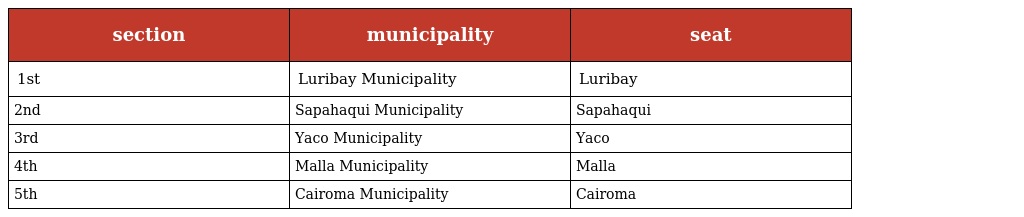
| section | municipality | seat |
 | --- | --- | --- |
 | 1st | Luribay Municipality | Luribay |
 | 2nd | Sapahaqui Municipality | Sapahaqui |
 | 3rd | Yaco Municipality | Yaco |
 | 4th | Malla Municipality | Malla |
 | 5th | Cairoma Municipality | Cairoma |